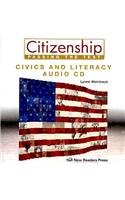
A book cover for Citizenship Passing the Test: Civics and Literacy; Lynne Weintraub; Test Preparation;